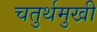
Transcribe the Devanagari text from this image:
चतुर्थमुखी